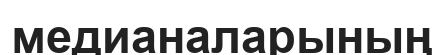
медианаларының